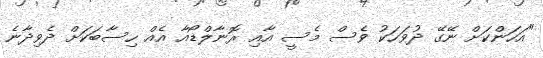
"އަހަންކަށް ނޭގޭ ދުވަހަކު ވެސް މެސީ އާއި ރޮނާލްޑޯއާ އެއް ހިސާބަކަށް ދެވިދާނެ